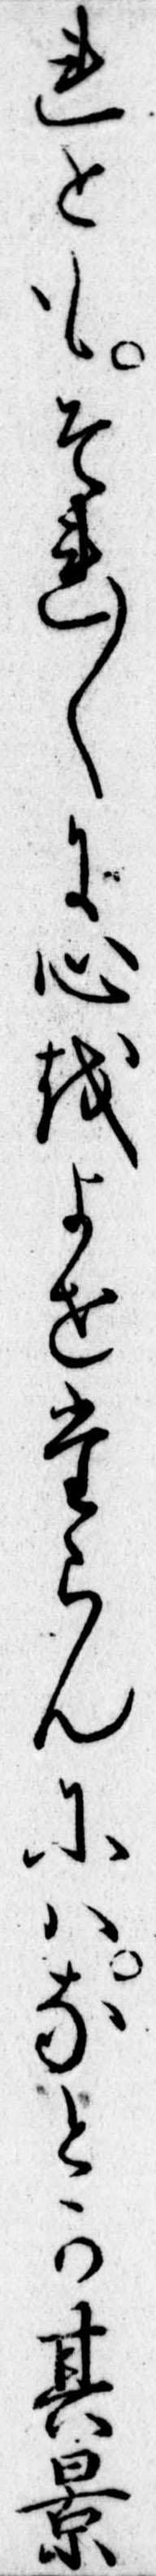
れともそれ〱に心をよせたらんにはなとか其景